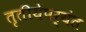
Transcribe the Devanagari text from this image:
तृतीयेपर्यंत